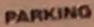
PARKING